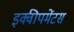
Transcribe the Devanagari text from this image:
इक्वीपमेंटस